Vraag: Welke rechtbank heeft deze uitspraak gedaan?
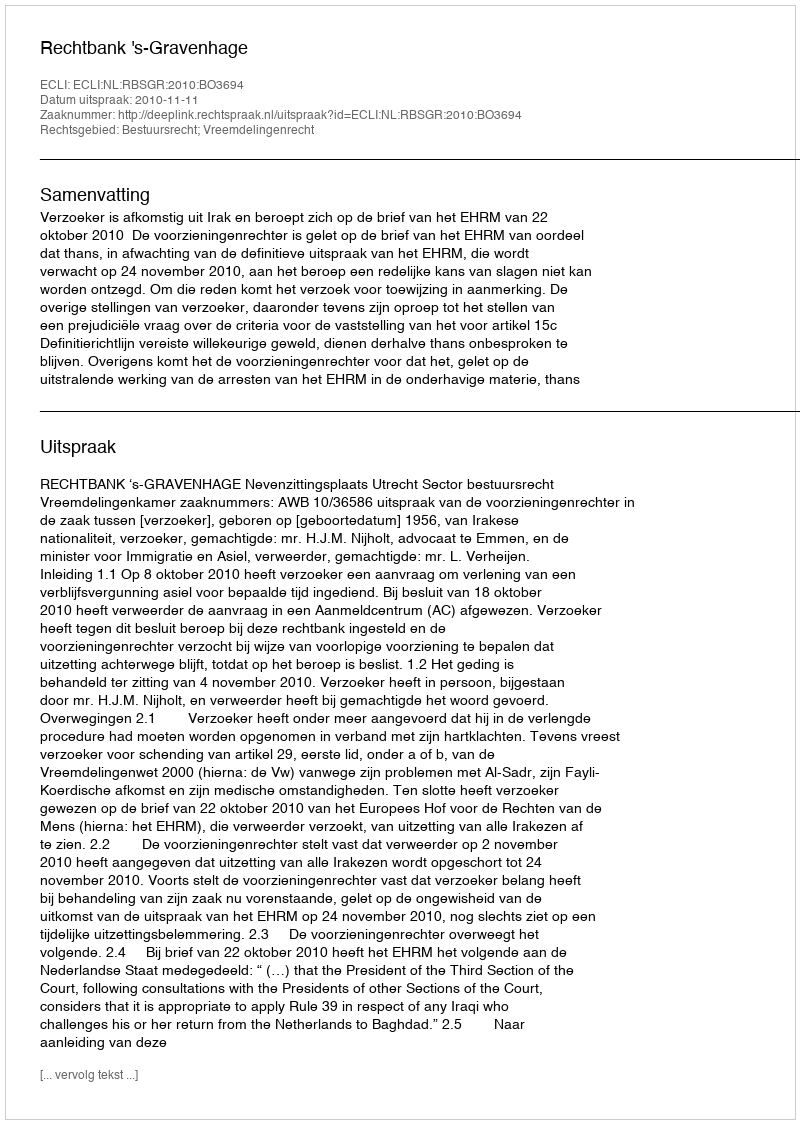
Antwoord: Rechtbank 's-Gravenhage